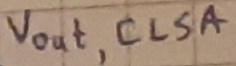
Text: Vout,CLSA